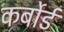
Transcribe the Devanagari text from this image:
कर्बोर्ड